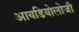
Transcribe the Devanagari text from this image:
आयडियोलोजी